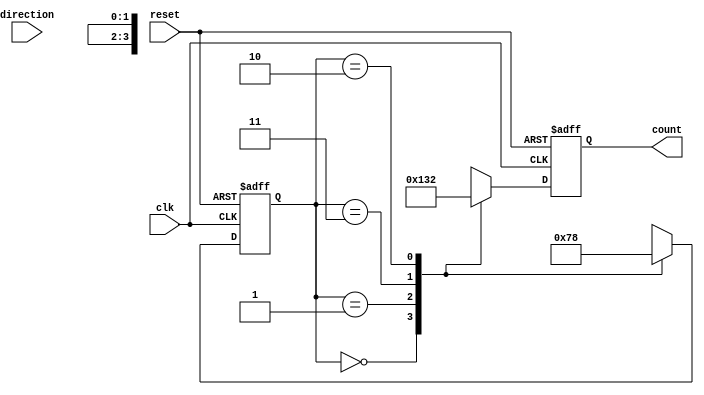
module Bidirectional_Gray_Counter (
    input wire clk,           // Clock input
    input wire reset,         // Reset input
    input wire direction,     // Direction control input (0 for increment, 1 for decrement)
    output reg [3:0] count    // 4-bit Gray code counter output
);

reg [1:0] gray_code; // 2-bit Gray code representation

always @ (posedge clk or posedge reset) begin
    if (reset) begin
        gray_code <= 2'b00; // Initialize Gray code to 00
        count <= 4'b0000;   // Initialize counter to 0
    end
    else begin
        if (direction) begin
            // Decrement logic
            case (gray_code)
                2'b00: gray_code <= 2'b01;
                2'b01: gray_code <= 2'b11;
                2'b11: gray_code <= 2'b10;
                2'b10: gray_code <= 2'b00;
            endcase
        end
        else begin
            // Increment logic
            case (gray_code)
                2'b00: gray_code <= 2'b01;
                2'b01: gray_code <= 2'b11;
                2'b11: gray_code <= 2'b10;
                2'b10: gray_code <= 2'b00;
            endcase
        end
        
        // Convert Gray code to binary count
        case (gray_code)
            2'b00: count <= 4'b0000;
            2'b01: count <= 4'b0001;
            2'b11: count <= 4'b0011;
            2'b10: count <= 4'b0010;
        endcase
    end
end

endmodule